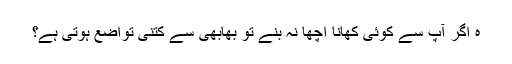
ہ اگر آپ سے کوئی کھانا اچھا نہ بنے تو بھابھی سے کتنی تواضع ہوتی ہے؟